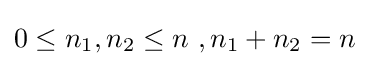
0\leq n_{1},n_{2}\leq n\,\,,n_{1}+n_{2}=n